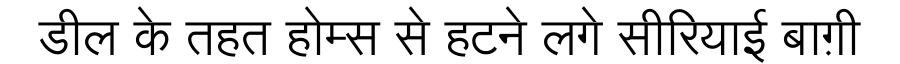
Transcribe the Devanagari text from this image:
डील के तहत होम्स से हटने लगे सीरियाई बाग़ी